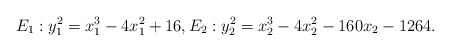
\begin{align*} E_1 : y_1^2 = x_1^3-4x_1^2+16, E_2: y_2^2 = x_2^3-4x_2^2-160x_2-1264.\end{align*}